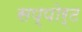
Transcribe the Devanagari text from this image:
सप्पोर्ट